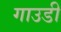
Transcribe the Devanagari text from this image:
गाउडी